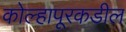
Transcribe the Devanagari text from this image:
कोल्हापूरकडील